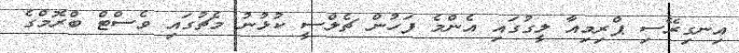
އިނގިރޭސި ޕްރިމިއާ ލީގުގައި އެންމެ ފަހުން ޗެލްސީ ކުޅުނު މެޗުގައި ވެސްޓް ބްރޮމްގެ